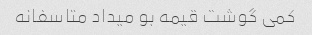
کمی گوشت قیمه بو میداد متاسفانه